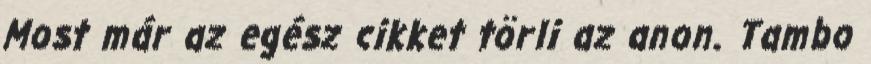
Most már az egész cikket törli az anon. Tambo